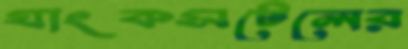
যাংকসটেলের